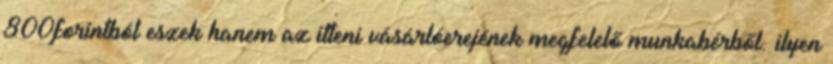
800forintból eszek hanem az itteni vásárlóerejének megfelelő munkabérből. ilyen